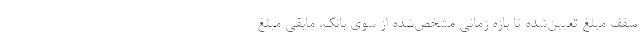
سقف مبلغ تعیین‌شده تا بازه زمانی مشخص‌شده از سوی بانک، مابقی مبلغ